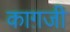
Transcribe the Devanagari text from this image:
काग़जी